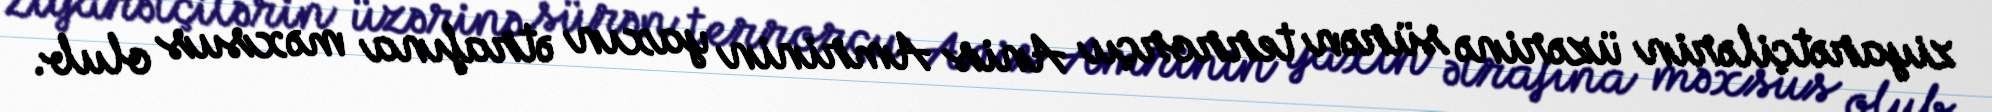
ziyarətçilərin üzərinə sürən terrorçu Anis Amrinin yaxın ətrafına məxsus olub.